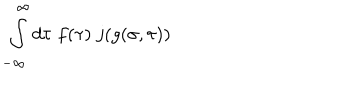
\int _ { - \infty } ^ { \infty } d \tau \; f ( \tau ) \; j ( g ( \sigma , \tau ) )